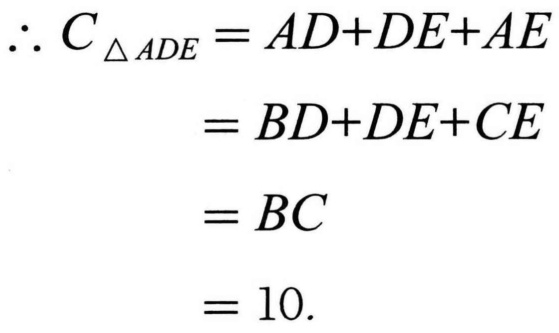
\(\begin{align*}
\therefore C_{\triangle ADE}&=AD + DE+AE\\
&=BD + DE+CE\\
&=BC\\
&=10.
\end{align*}\)